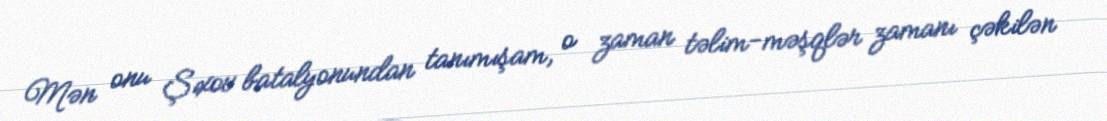
Mən onu Şıxov batalyonundan tanımışam, o zaman təlim-məşqlər zamanı çəkilən